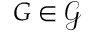
G \in { \mathcal { G } }